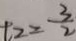
t _ { 2 } = \frac { 3 } { 2 }